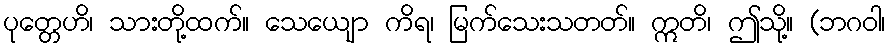
ပုတ္တေဟိ၊ သားတို့ထက်။ သေယျော ကိရ၊ မြက်သေးသတတ်။ ဣတိ၊ ဤသို့။ (ဘဂဝါ၊